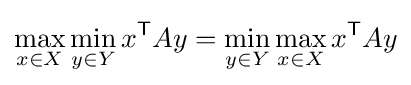
\max _{x\in X}\min _{y\in Y}x^{\mathsf {T}}Ay=\min _{y\in Y}\max _{x\in X}x^{\mathsf {T}}Ay